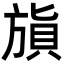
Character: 𣄌